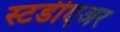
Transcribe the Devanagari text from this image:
स्टडीएअर